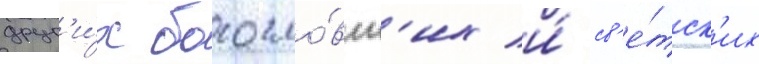
друг'и́х богосло́вск'их и́ св'е́тск'их